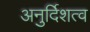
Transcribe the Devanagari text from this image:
अनुर्दिशत्व